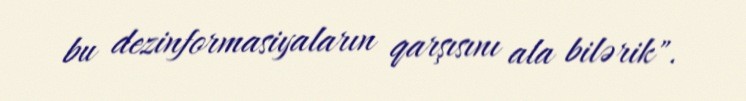
bu dezinformasiyaların qarşısını ala bilərik".